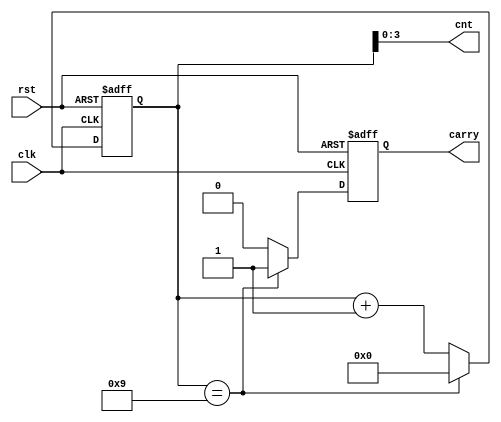
module counter (
                input        clk,
                input        rst,
                output [3:0] cnt,
                output       carry
                );

   reg [4:0]                 counter;
   reg                       carry;

   always@(posedge clk, negedge rst)
     begin
        if (!rst)
          begin
             counter <= 0;
             carry <= 0;
          end
        else
          begin
             if (counter == 4'b1001)
               begin
                  counter <= 0;
                  carry <= 1;
               end
             else
               begin
                  counter <= counter + 1;
                  carry <= 0;
               end
          end
     end // always@ (posedge clk)

   assign cnt = counter;
endmodule